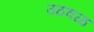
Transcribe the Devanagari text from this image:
उठवळ